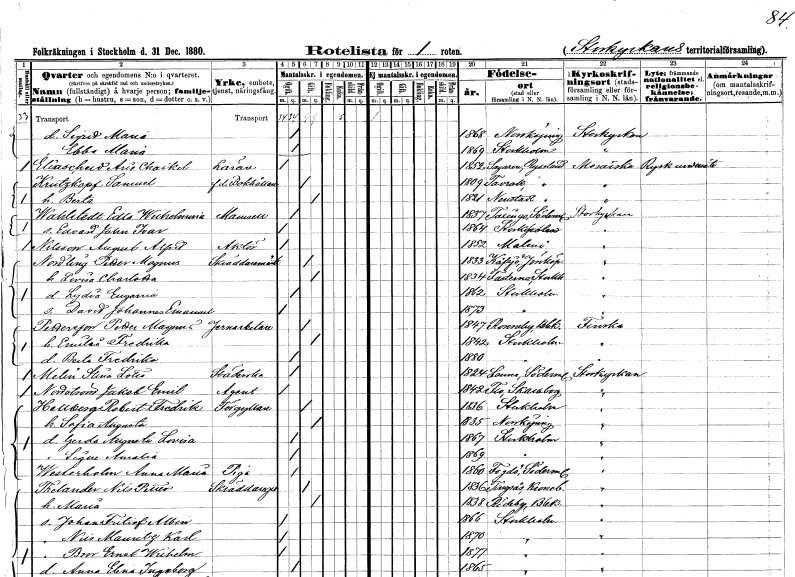
gt_parse: households: individuals: FN: Sigrid Maria
KON: K
CIV: O
FODAR: 1868
FODFORS: Norrköping Östergötlands län
FN: Ebba Maria
KON: K
CIV: O
FODAR: 1869
FODFORS: Stockholm
FN: Arie Chaikel
EN: Elixescheld
YRKE: Lärare
KON: M
CIV: O
FODAR: 1852
FN: Samuel
EN: Krutzkopf
YRKE: Bokhållare f.d.
KON: M
CIV: G
FODAR: 1809
FN: Berta
KON: K
CIV: G
FODAR: 1821
FN: Edla Wilhelmina
EN: Wahlstedt
KON: K
CIV: O
FODAR: 1837
FODFORS: Taxinge Stockholms län
FN: Edvard John Ivar
KON: M
CIV: O
FODAR: 1864
FODFORS: Stockholm
FN: August Alfred
EN: Nilsson
YRKE: Aktör
KON: M
CIV: O
FODAR: 1852
FODFORS: Malmö Malmöhus län
FN: Petter Magnus
EN: Nordling
YRKE: Skräddarmästare
KON: M
CIV: G
FODAR: 1833
FODFORS: Kävsjö Jönköpings län
FN: Lovisa Charlotta
KON: K
CIV: G
FODAR: 1834
FODFORS: Fasterna Stockholms län
FN: Lydia Eugenia
KON: K
CIV: O
FODAR: 1862
FODFORS: Stockholm
FN: David Johannes Emanuel
KON: M
CIV: O
FODAR: 1873
FODFORS: Stockholm
FN: Petter Magnus
EN: Pettersson
YRKE: Järnarbetare
KON: M
CIV: G
FODAR: 1847
FODFORS: Ronneby Blekinge län
FN: Emilia Fredrika
KON: K
CIV: G
FODAR: 1842
FODFORS: Stockholm
FN: Berta Fredrika
KON: K
CIV: O
FODAR: 1880
FODFORS: Stockholm
FN: Stina Lotta
EN: Melin
YRKE: Städerska
KON: K
CIV: O
FODAR: 1824
FODFORS: Länna Södermanlands län
FN: Jakob Emil
EN: Nordström
YRKE: Agent
KON: M
CIV: O
FODAR: 1842
FODFORS: Flo Skaraborgs län
FN: Robert Fredrik
EN: Hallberg
YRKE: Förgyllare
KON: M
CIV: G
FODAR: 1836
FODFORS: Stockholm
FN: Sofia Augusta
KON: K
CIV: G
FODAR: 1835
FODFORS: Norrköping Östergötlands län
FN: Gerda Augusta Lovisa
KON: K
CIV: O
FODAR: 1867
FODFORS: Stockholm
FN: Signe Amalia
KON: K
CIV: O
FODAR: 1869
FODFORS: Stockholm
FN: Anna Maria
EN: Westerholm
YRKE: Piga
KON: K
CIV: O
FODAR: 1860
FODFORS: Fogdö Södermanlands län
FN: Nils Petter
EN: Thelander
YRKE: Skräddaregesäll
KON: M
CIV: G
FODAR: 1836
FODFORS: Tingsås Kronobergs län
FN: Maria
KON: K
CIV: G
FODAR: 1838
FODFORS: Rödeby Blekinge län
FN: Johan Fritiof Albin
KON: M
CIV: O
FODAR: 1866
FODFORS: Stockholm